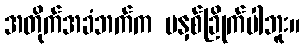
အတိုက်အခံဘက်က မနှစ်ခြိုက်ပါဘူး။